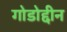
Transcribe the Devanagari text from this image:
गोडोद्दीन